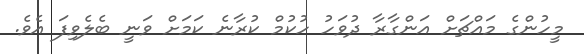
މީހުންގެ މައްޗަށް އަންގާރާ ދުވަހު ހުކުމް ކުރާނެ ކަމަށް ވަނީ ބެލެވިފަ އެވެ.